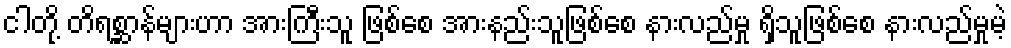
ငါတို့ တိရစ္ဆာန်များဟာ အားကြီးသူ ဖြစ်စေ အားနည်းသူဖြစ်စေ နားလည်မှု ရှိသူဖြစ်စေ နားလည်မှုမဲ့